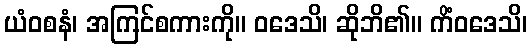
ယံဝစနံ၊ အကြင်စကားကို။ ဝဒေသိ၊ ဆိုဘိ၏။ ကိံဝဒေသိ၊